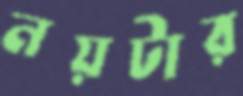
নয়টার